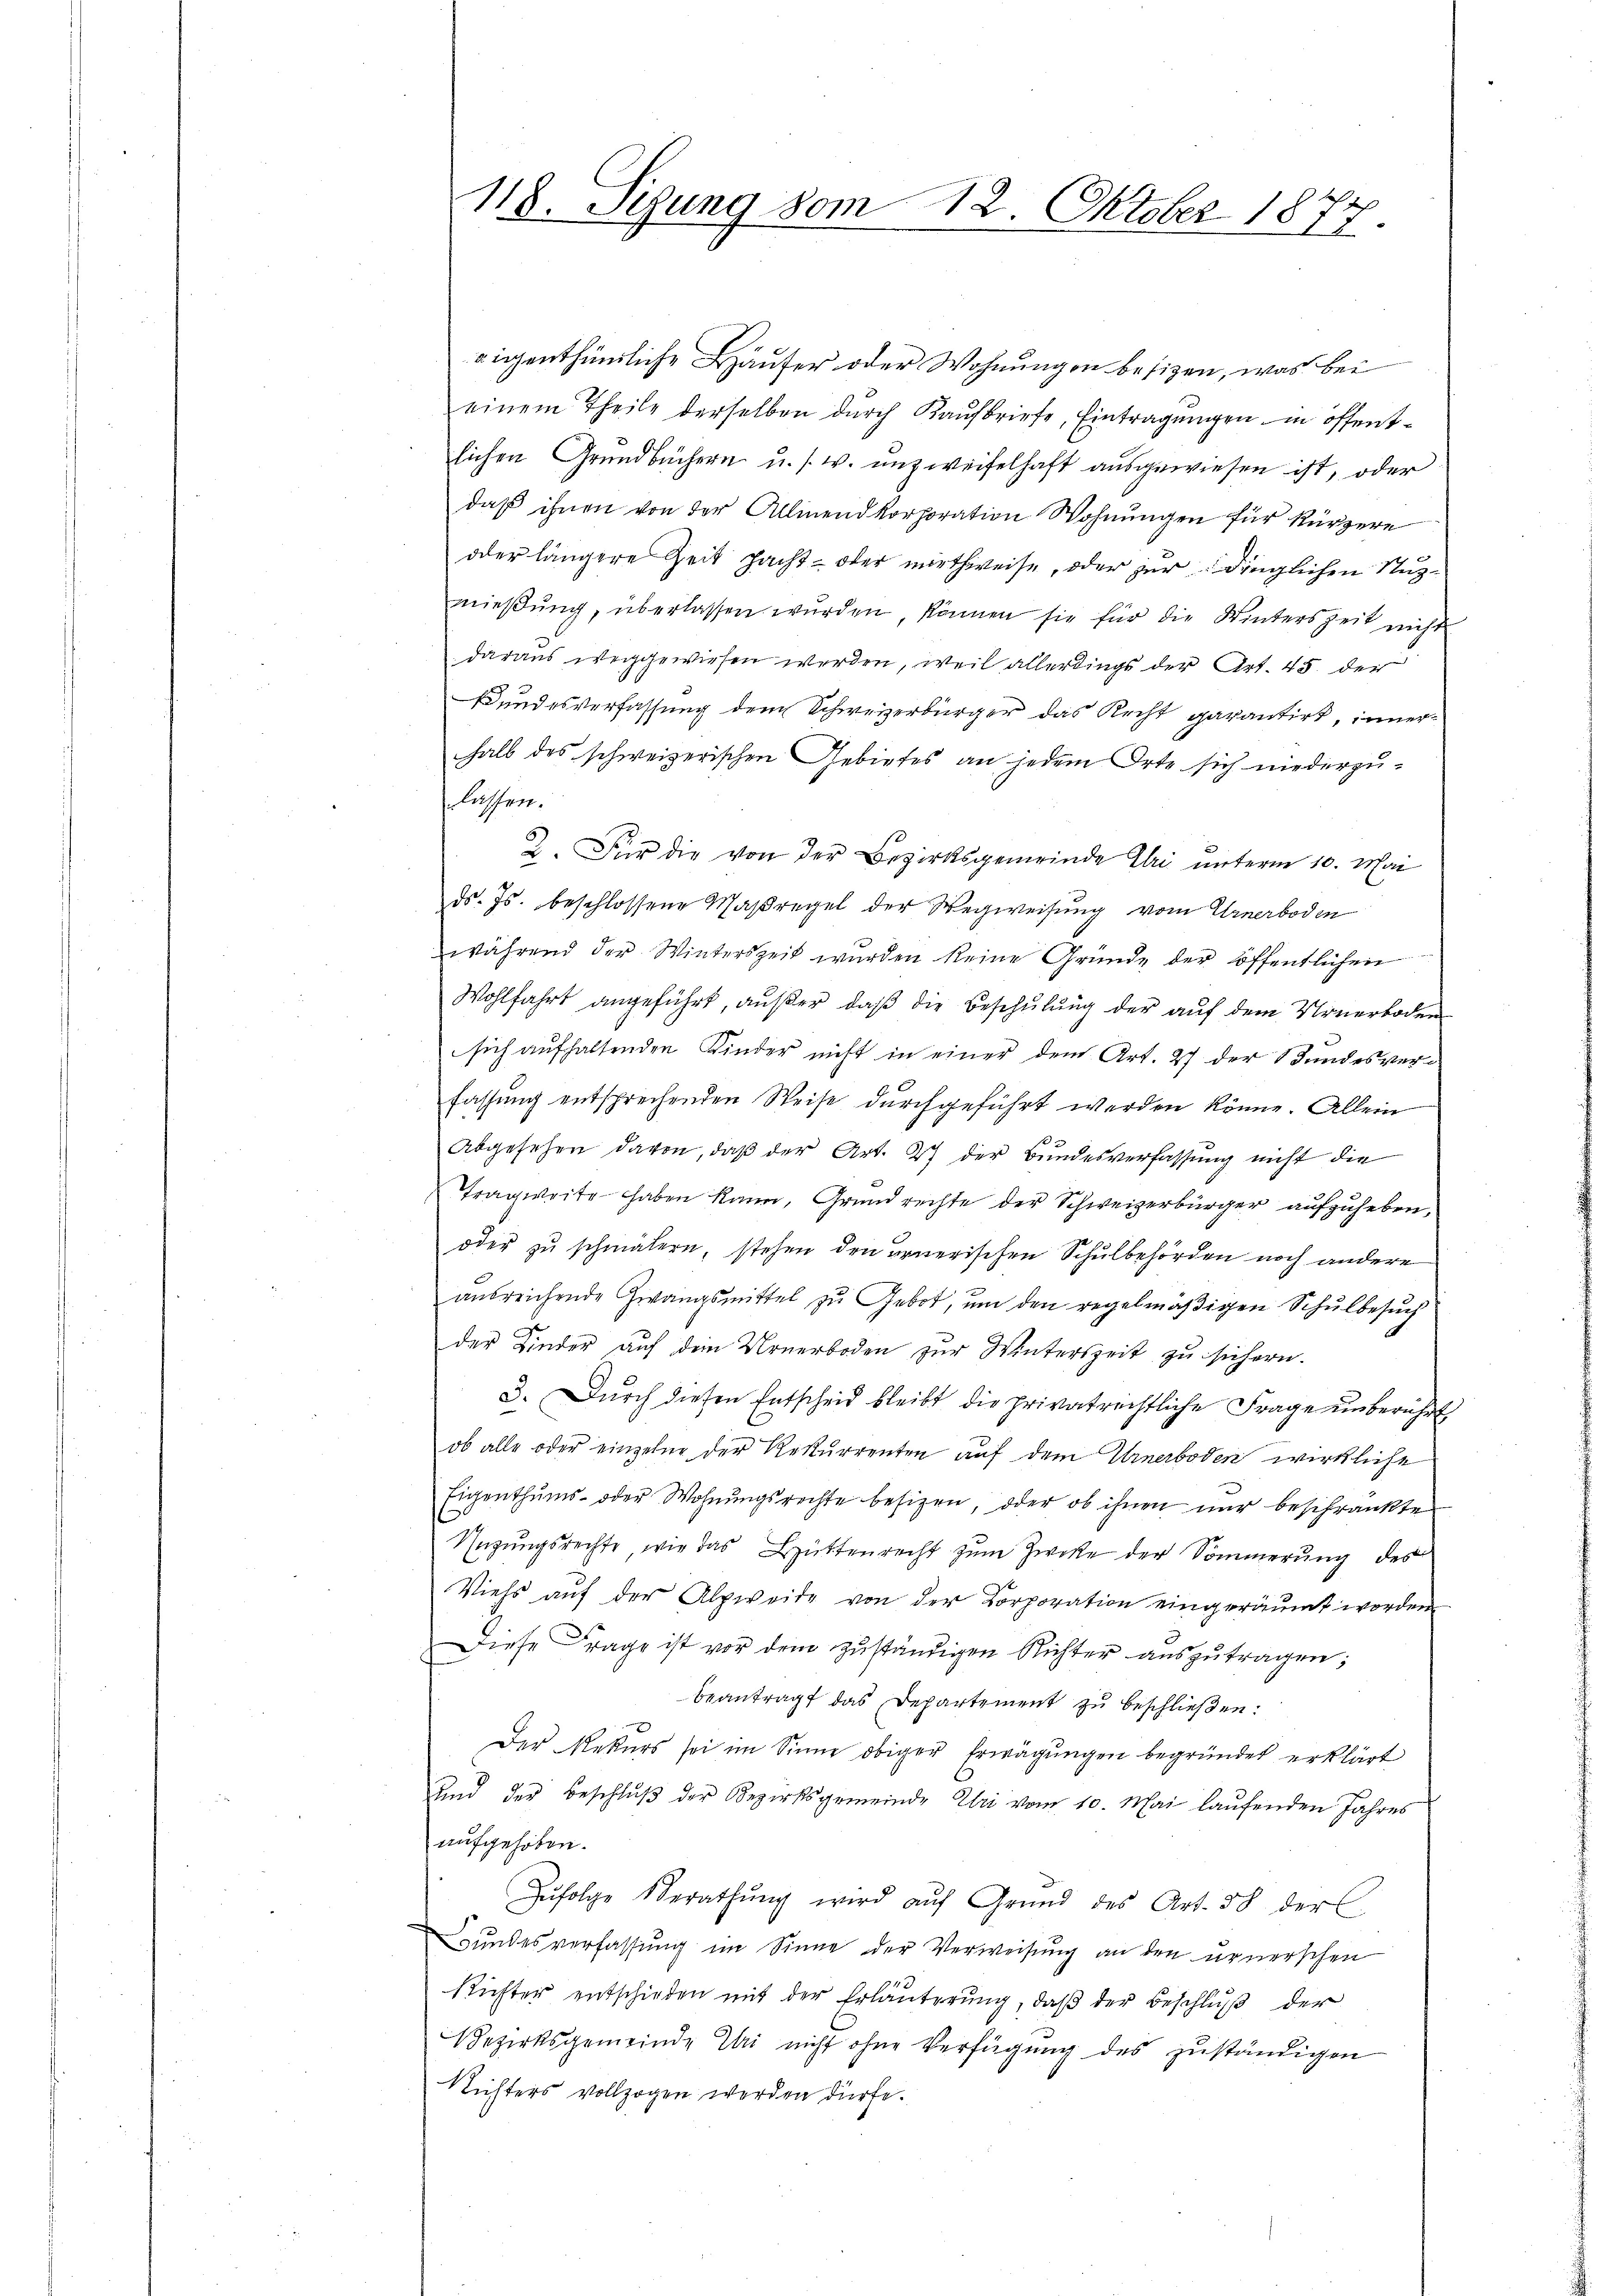
118. Sezung vom 12. Oktober 1877.

aigenthümliche Häuser oder Wohnungen besizen, was bei
einem Theile derselben durch Kaufbriefe, Eintragungen in öffentlichen Grundbüchern u. s. w. unzweifelhaft ausgewiesen ist, oder
daß ihnen von der Allmend Korporation Wohnungen für kürzere
oder längere Zeit sacht- oder miethweise, oder zur dinglichen Nuzmieβŭng, überlassen wŭrden, können sie für die Winterszeit nicht
daraus weggewiesen werden, weil allerdings der Art. 45. der
Bundesverfassung dem Schweizerbürger das Recht garantirt, innerhalb des schweizerischen Gebietes an jedem Orte sich niederzuhrlichen.
2. Für die von der Bezirksgemeinde Ehri unterm 10. Mai
ds. Js. beschlossene Maßregel der Wegweisŭng vom Urnerboden
während der Winterszeit wurden keine Gründe der öffentlichen
Wohlfahrt angeführt, außer, daß die Beschulung der auf dem Urnerboden
sich aufhaltenden Kinder nicht in einer dem Art. 27 der Bundesverfassung entsprechenden Weise durchgeführt werden könne. Allein
Abgesehen davon, daß der Art. 27 der Bundesverfassung nicht die
Tragweite haben kann, Grundrechte der Schweizerbürger aufzuheben,
oder zŭ schmälern, stehen den ernerischen Schulbehörden noch andere
aŭsreichende Zwangsmittel zŭ Gebot, ŭm den regelmäβigen Schŭlbesŭch
der Kinder auf dem Urnerboden zur Winterszeit zu sichern.
3. Dŭrch diesen Entscheid bleibt die privatrechtliche Frage unberührt
ob alle oder einzelne der Rekurrenten auf dem Urnerboden wirkliche
Eigenthums- oder Wohnungsrechte besizen, oder ob ihnen nur beschränkten
Nezungsrechte, wie das Hüttenrecht zum Zwecke der Sommerung des
Viehs auf der Alpweide von der Korporation eingeräumt worden
Diese Frage ist vor dem zŭständigen Richter auszutragen;
beantragt das Departement zu beschließen:
Der Rekurs sei im Sinne obiger Erwägŭngen begründet erklärt
Und der Beschluß der Bezirksgemeinde Uri vom 10. Mai laufenden Jahres
aufgehoben.
Zŭfolge Berathŭng wird aŭf Grŭnd des Art. 38 der
Bundesverfassung im Sinne der Verweisung an den urnerschen
Richter entschieden mit der Erläuterung, daβ der Beschlŭβ der
Bezirksgemeinde Ihn nicht ohne Verfügung des zuständigen
Nichters vollzogen werden dürfe.